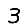
Digit: 3